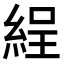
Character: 𦀚